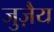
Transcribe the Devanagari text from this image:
जुज़ैय